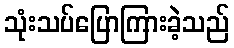
သုံးသပ်ပြောကြားခဲ့သည်